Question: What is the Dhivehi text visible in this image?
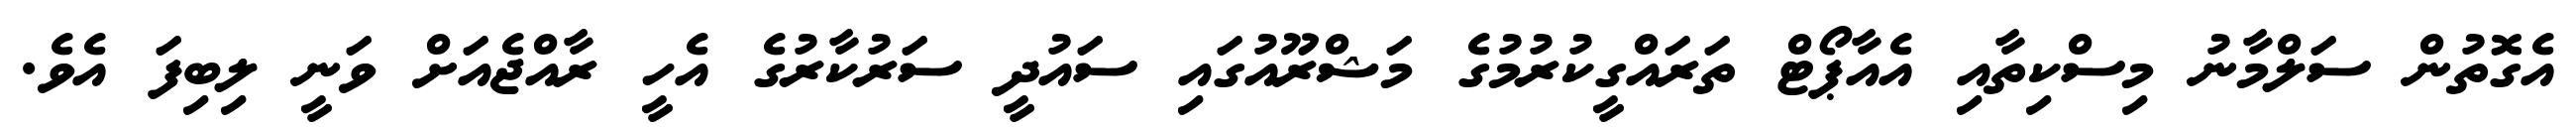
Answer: އެގޮތުން ސަލްމާނު މިސްކިތާއި އެއާޕޯޓް ތަރައްގީކުރުމުގެ މަޝްރޫއުގައި ސައުދީ ސަރުކާރުގެ އެހީ ރާއްޖެއަށް ވަނީ ލިބިފަ އެވެ.